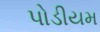
પોડીયમ